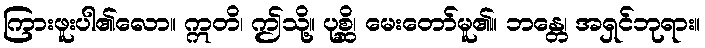
ကြားဖူးပါ၏လော။ ဣတိ၊ ဤသို့။ ပုစ္ဆိ၊ မေးတော်မူ၏။ ဘန္တေ၊ အရှင်ဘုရား။